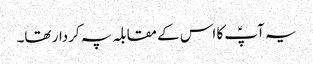
یہ آپؑ کا اس کے مقابلہ پہ کردار تھا۔